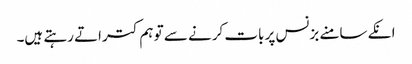
انکے سامنے بزنس پر بات کرنے سے تو ہم کتراتے رہتے ہیں۔